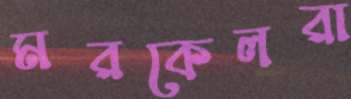
মরকেলরা